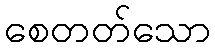
စေတတ်သော